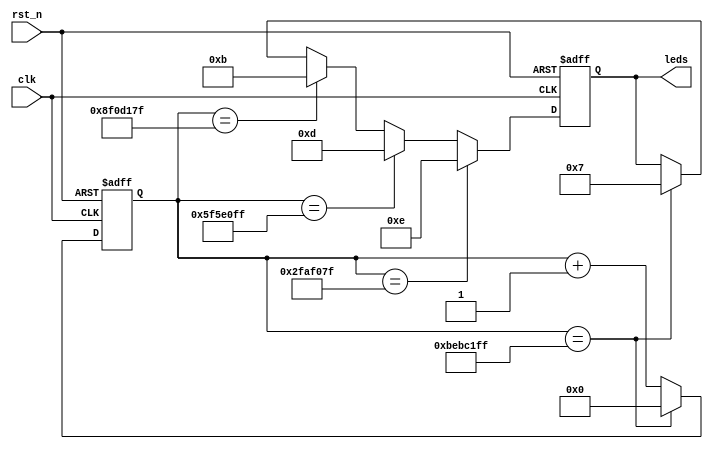
`timescale 1ns / 1ps
//////////////////////////////////////////////////////////////////////////////////
// Company: 
// Engineer: 
// 
// Design Name: 
// Module Name:    led_test 
// Project Name: 
// Target Devices: 
// Tool versions: 
// Description: 
//
// Dependencies: 
//
// Revision: 
// Revision 0.01 - File Created
// Additional Comments: 
//
//////////////////////////////////////////////////////////////////////////////////
module led_test(
    clk,
    rst_n,
    leds
    );
    
    input clk;
    input rst_n;
    output [3:0]leds;

    //
    reg [31:0]timer;
    reg [3:0]rLed;
    
    //0~4
    always @(posedge clk or negedge rst_n) begin //
        if (!rst_n)
            timer <= 32'd0;
        else if (timer == 32'd199_999_999) //4
            timer <= 32'd0;
        else
            timer <= timer + 1'b1;
            
    end
    
    
    //LED
    always @(posedge clk or negedge rst_n) begin
        if (!rst_n)
            rLed <= 4'b1111; //led
        else if (timer == 32'd49_999_999) //1
            rLed <= 4'b1110; //led1
        else if (timer == 32'd99_999_999) //2
            rLed <= 4'b1101; // led2
        else if (timer == 32'd149_999_999) //3
            rLed <= 4'b1011; // led3
        else if (timer == 32'd199_999_999) //4
            rLed <= 4'b0111; // led4
    end
    
    assign leds = rLed;
    

endmodule